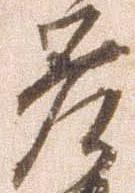
差